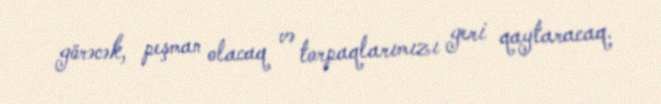
görəcək, peşman olacaq və torpaqlarımızı geri qaytaracaq.